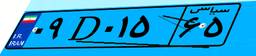
۰۹D۰۱۵۶۵